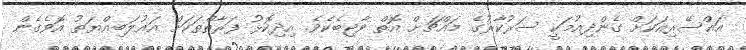
އައްސޭރިއަކަށް ގެންދިއުމަކީ ސަރުކާރުގެ މައްޗަށް އޮތް ވާޖިބެކެވެ. އިދިކޮޅު ފަރާތްތަކަށް އަޣުލަބިއްޔަތު އޮވެގެން